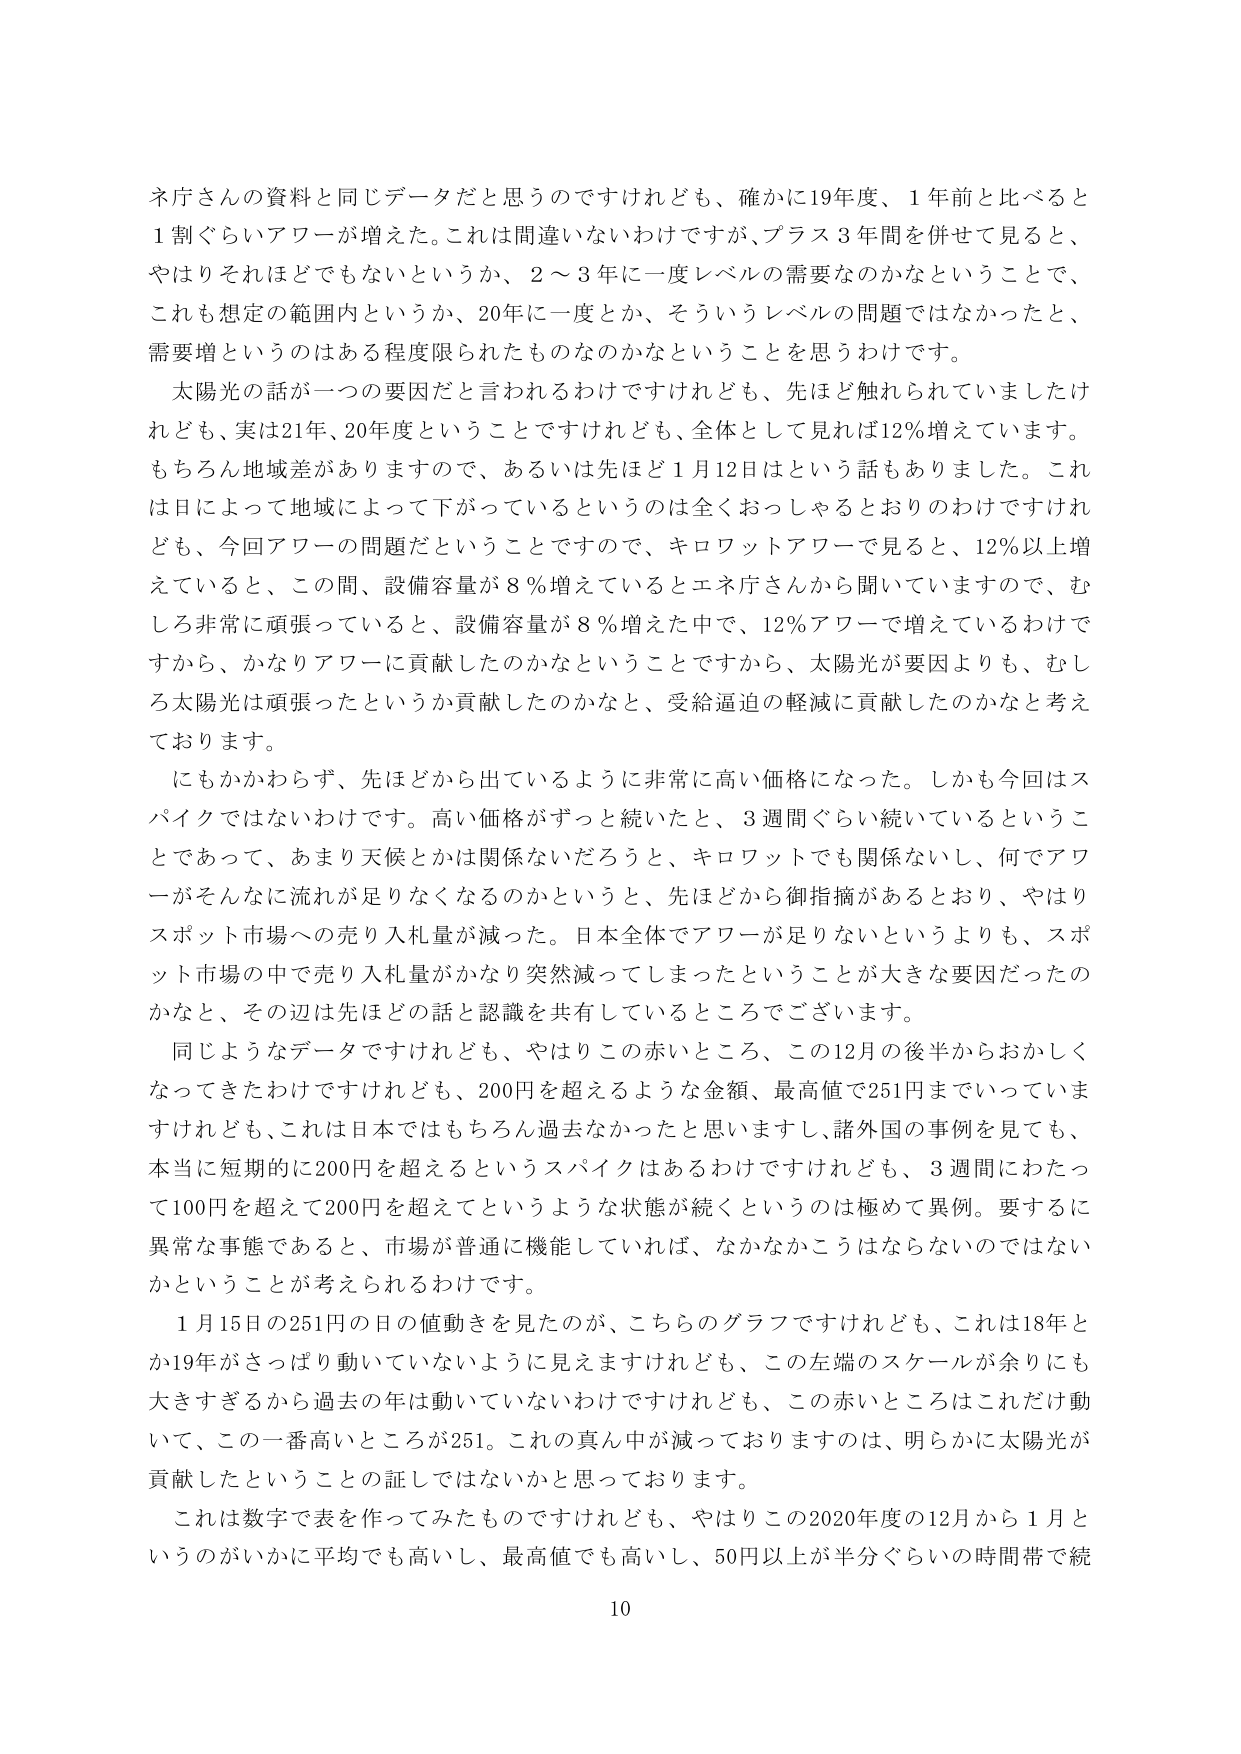
ネ庁さんの資料と同じデータだと思うのですけれども、確かに19年度、1年前と比べると1割ぐらいアワーが増えた。これは間違いないわけですが、プラス3年間を併せて見ると、やはりそれほどでもないというか、2～3年に一度レベルの需要なのかなということで、これも想定の範囲内というか、20年に一度とか、そういうレベルの問題ではなかったと、需要増というのはある程度限られたものなのかなということを思うわけです。

太陽光の話が一つの要因だと言われるわけですがけれども、先ほど触れられていましたけれども、実は21年、20年度ということですけれども、全体として見れば12％増えています。もちろん地域差がありますので、あるいは先ほど1月12日はという話もありました。これは日によって地域によって下がっているというのは全くおっしゃるとおりのわけですけれども、今回アワーの問題だということですので、キロワットアワーで見ると、12％以上増えていると、この間、設備容量が8％増えているとエネ庁さんから聞いていますので、むしろ非常に頑張っていると、設備容量が8％増えた中で、12％アワーで増えているわけですから、かなりアワーに貢献したのかなということですから、太陽光が要因よりも、むしろ太陽光は頑張ったというか貢献したのかなと、受給逼迫の軽減に貢献したのかなと考えております。

にもかかわらず、先ほどから出ているように非常に高い価格になった。しかも今回はスパイクではないわけです。高い価格がずっと続いたと、3週間ぐらい続いているということであって、あまり天候とかは関係ないだろうと、キロワットでも関係ないし、何でアワーがそんなに流れが足りなくなるのかというと、先ほどから御指摘があるとおり、やはりスポット市場への売り入札量が減った。日本全体でアワーが足りないというよりも、スポット市場の中で売り入札量がかなり突然減ってしまったということが大きな要因だったのかなと、その辺は先ほどの話と認識を共有しているところでございます。

同じようなデータですけれども、やはりこの赤いところ、この12月の後半からおかしくなってきたわけですけれども、200円を超えるような金額、最高値で251円までいっていますけれども、これは日本ではもちろん過去なかったと思いますし、諸外国の事例を見ても、本当に短期的に200円を超えるというスパイクはあるわけですがけれども、3週間にわたって100円を超えて200円を超えてというような状態が続くというのは極めて異例。要するに異常な事態であると、市場が普通に機能していれば、なかなかこうはならないのではないかということが考えられるわけです。

1月15日の251円の日の値動きを見たのが、こちらのグラフですけれども、これは18年とか19年がさっぱり動いていないように見えますけれども、この左端のスケールが余りにも大きすぎるから過去の年は動いていないわけですけれども、この赤いところはこれだけ動いて、この一番高いところが251。これの真ん中が減っておりますのは、明らかに太陽光が貢献したということの証しではないかと思っております。

これは数字で表を作ってみたものですけれども、やはりこの2020年度の12月から1月というのがいかに平均でも高いし、最高値でも高いし、50円以上が半分ぐらいの時間帯で続

10